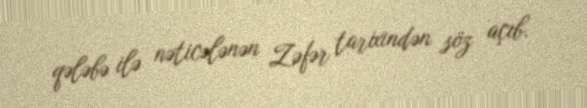
qələbə ilə nəticələnən Zəfər tarixindən söz açıb.